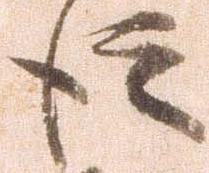
徒